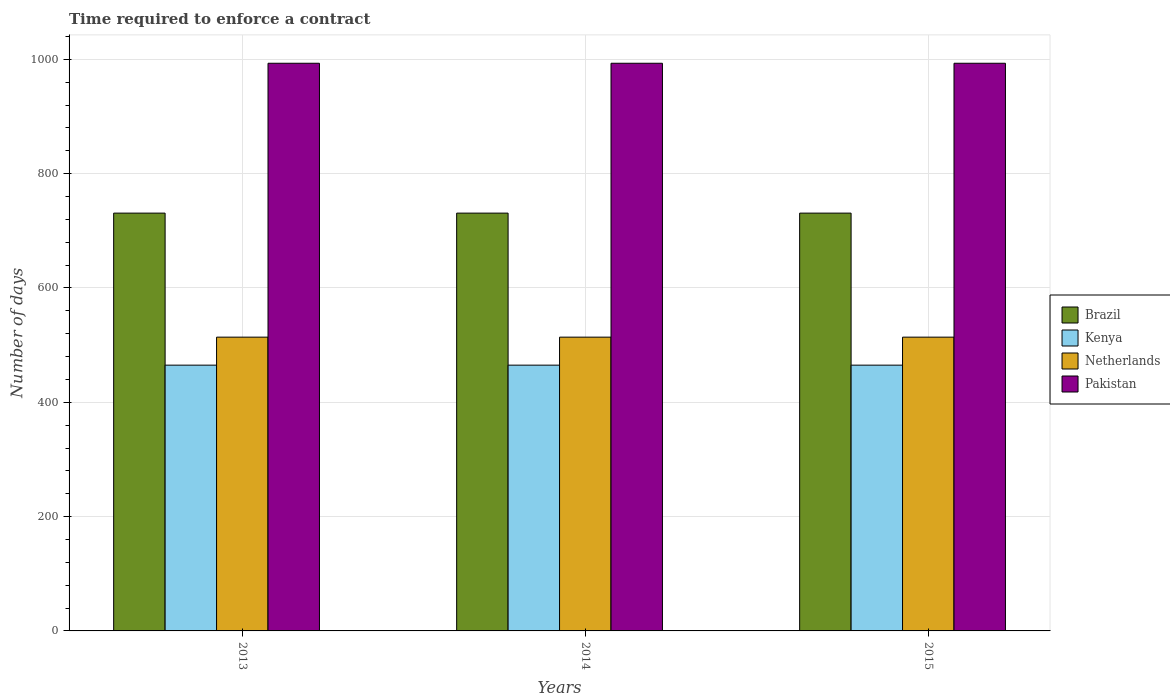
| Years | Brazil | Kenya | Netherlands | Pakistan |
 | --- | --- | --- | --- | --- |
 | 2013 | 731 | 465 | 514 | 993 |
 | 2014 | 731 | 465 | 514 | 993 |
 | 2015 | 731 | 465 | 514 | 993 |